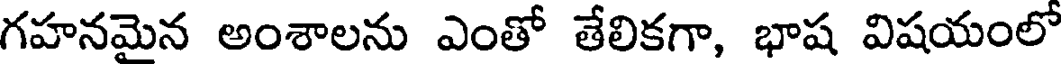
గహనమైన అంశాలను ఎంతో తేలికగా, భాష విషయంలో